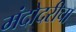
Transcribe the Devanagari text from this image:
मंदोदरीचा